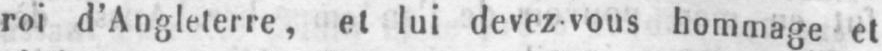
roi d’Angleterre, et lui devez-vous hommage et